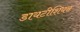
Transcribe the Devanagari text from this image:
डायटीशियन